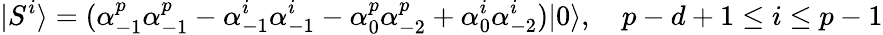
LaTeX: |S^{i}\rangle=(\alpha_{-1}^{p}\alpha_{-1}^{p}-\alpha_{-1}^{i}\alpha_{-1}^{i}-\alpha_{0}^{p}\alpha_{-2}^{p}+\alpha_{0}^{i}\alpha_{-2}^{i})|0\rangle,\quad p-d+1\le i\le p-1